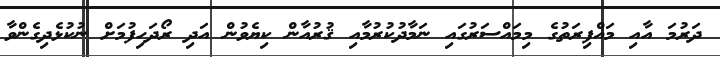
ދަރުމަ އާއި މަޣްފިރަތުގެ މިމައްސަރުގައި ނަމާދުކުރުމާއި ޤުރުއާން ކިޔެވުން އަދި ރޯދަހިފުމަށް ނުކުޅެދިގެންވާ